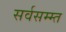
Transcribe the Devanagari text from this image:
सर्वसम्म्त